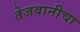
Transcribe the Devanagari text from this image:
तेजवानीचा